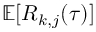
\mathbb { E } [ R _ { k , j } ( \tau ) ]